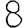
Digit: 8